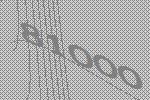
81000